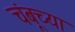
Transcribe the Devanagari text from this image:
चंबूच्या